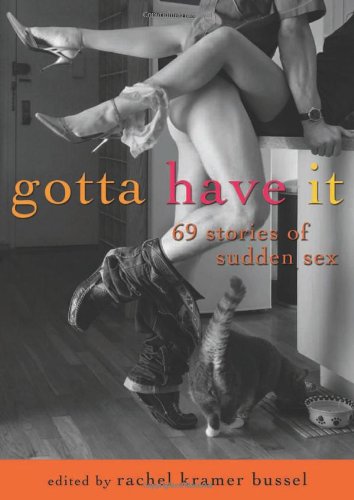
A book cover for Gotta Have It: 69 Stories of Sudden Sex; Romance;